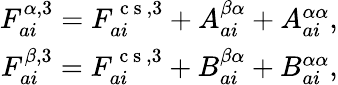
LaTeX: \begin{array}{r}{F_{ai}^{\alpha,3}=F_{ai}^{\mathrm{~c~s~},3}+A_{ai}^{\beta\alpha}+A_{ai}^{\alpha\alpha},}\\ {F_{ai}^{\beta,3}=F_{ai}^{\mathrm{~c~s~},3}+B_{ai}^{\beta\alpha}+B_{ai}^{\alpha\alpha},}\end{array}